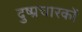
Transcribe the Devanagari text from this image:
दुष्प्रचारकों